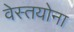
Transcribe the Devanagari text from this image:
वेस्तयोना